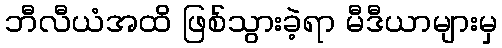
ဘီလီယံအထိ ဖြစ်သွားခဲ့ရာ မီဒီယာများမှ